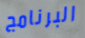
البرنامج